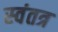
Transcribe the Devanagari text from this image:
स्‍वंतत्र